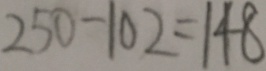
2 5 0 - 1 0 2 = 1 4 8